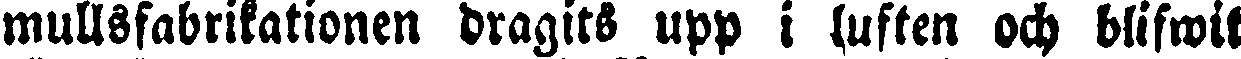
mullsfabrikationen dragits upp i luften och blifwit